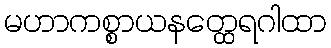
မဟာကစ္စာယနတ္ထေရဂါထာ